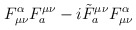
\begin{align*}F^\alpha_{\mu\nu}F_a^{\mu\nu} - i{\tilde F}_a^{\mu\nu}F^\alpha_{\mu\nu}\end{align*}